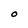
Character: O